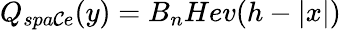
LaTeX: Q_{spa\mathcal{C}e}(y)=B_{n}Hev(h-|x|)